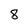
Character: 8